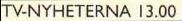
TV-NYHETERNA 13.00